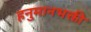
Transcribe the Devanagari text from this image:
हनुमानभक्ती